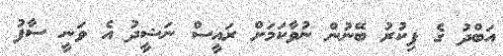
އަބްދު ގެ ފިކުރު ބޭނުން ނުވާކަމަށް ރައީސް ނަޝީދު އެ ވަނީ ސާފު